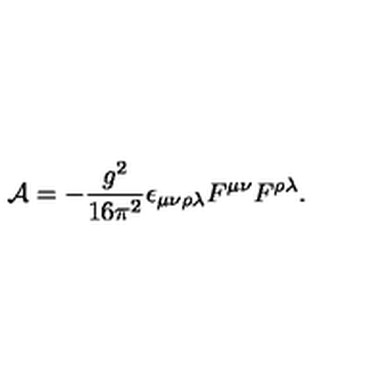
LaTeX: { \cal A } = - { \frac { g ^ { 2 } } { 1 6 \pi ^ { 2 } } } \epsilon _ { \mu \nu \rho \lambda } F ^ { \mu \nu } F ^ { \rho \lambda } .